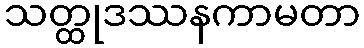
သတ္ထုဒဿနကာမတာ